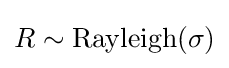
R\sim \mathrm {Rayleigh} (\sigma )